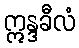
ဣန္ဒခီလံ